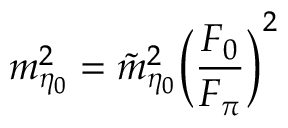
m _ { \eta _ { 0 } } ^ { 2 } = { \tilde { m } } _ { \eta _ { 0 } } ^ { 2 } \biggl ( { \frac { F _ { 0 } } { F _ { \pi } } } \biggr ) ^ { 2 }